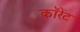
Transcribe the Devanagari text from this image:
कॉरेंट